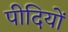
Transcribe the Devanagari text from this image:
पीदियों